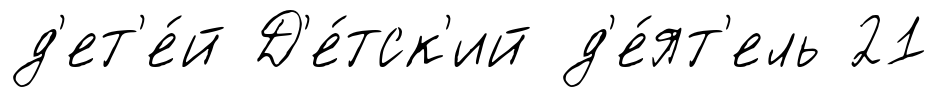
д'ет'е́й Д'е́тск'ий д'е́ят'ель 21